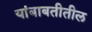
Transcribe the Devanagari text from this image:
यांबाबतीतील